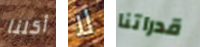
أكلنا لا قدراتنا